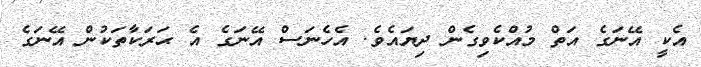
އެކީ އޭނަގެ އަތް މުއްކެވިގެން ދިޔައެވެ. އެހެނަސް އޭނަގެ އެ ޙަރަކާތަކުން އޭނަގެ